system: You are a helpful assistant.
user:
Analyze the provided spectrum to determine if it is a **M-type Giant (gM)**.

A M-type Giant spectrum is defined by its **strong molecular absorption** features, particularly from **Titanium Oxide (TiO)**. You must check for one of the following mutually exclusive signatures:

- **Key Visual Indicators (Absorption-Dominated Spectrum):**

    - **(Primary):** The spectrum is dominated by strong molecular absorption from **Titanium Oxide (TiO)**. This is the **defining feature** of its M-type temperature class.
        - **(Key Bandheads):** Look for sharp, "saw-tooth" absorption valleys. The strongest are located near **~7050 Å**, **~6160 Å**, and **~5170 Å**.
        - **(Line Profile):** The "saw-tooth" morphology is critical: a **sharp, steep drop on the BLUE (short-wavelength) side** of the bandhead, followed by a gradual recovery (rising flux) towards the RED (long-wavelength) side.

    - **(Key Confirmation - Giant vs. Dwarf):** **ABSENCE** of strong **Calcium Hydride (CaH)** molecular bands. This is the primary diagnostic for *excluding* M-dwarfs.
        - **(Key Region):** The spectrum should lack the strong, broad absorption band seen in dwarfs between **~6800 Å and ~7000 Å**.

    - **(Secondary Confirmation - Giant):** A very strong and broad **Neutral Calcium (Ca I)** atomic absorption line.
        - **(Key Line):** Located at **~4226 Å**. In a giant (gM), this line is significantly deeper and broader than the same line in an M-dwarf (dM) due to low surface gravity.

    - **(Overall Spectrum):**
        - The continuum is **extremely red-sloping** (i.e., flux is very low in the blue and rises dramatically towards the red).
        - The entire spectrum appears "chopped up" by the deep TiO bands.

Think first, call **spectral_visualization_tool** if needed to examine features in detail, then provide your final answer. Your response must adhere to the following strict rules:
1.  **Overall Structure:** Your response must follow the format `<think>...</think> <tool_call>...</tool_call> (if a tool is used) <answer>...</answer>`.
2.  **Tool Usage Constraint:** You may only make **one** tool call per turn.
3.  **Final Answer Format:** In the `<answer>` tag, your conclusion must be inside a `\boxed{}` command (e.g., `\boxed{YES}` or `\boxed{NO}`), followed by your justification.

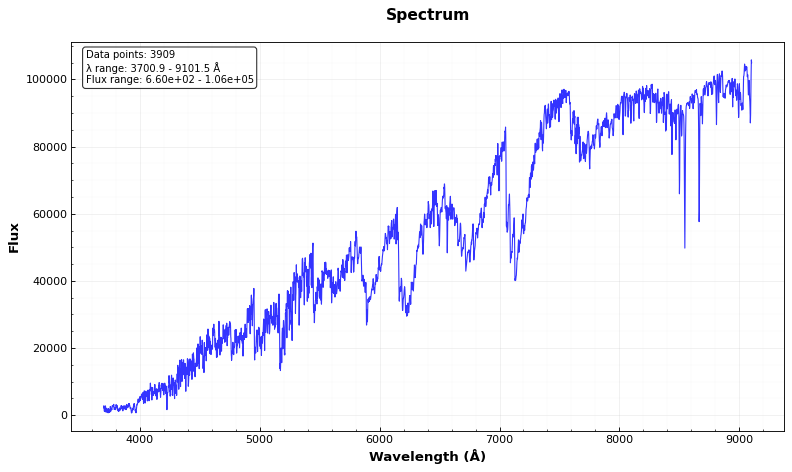
Answer: YES